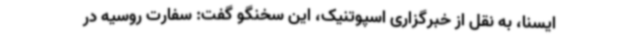
ایسنا، به نقل از خبرگزاری اسپوتنیک، این سخنگو گفت: سفارت روسیه در